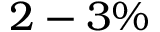
2 - 3 \%